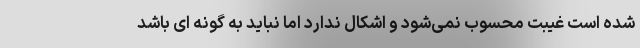
شده است غیبت محسوب نمی‌شود و اشکال ندارد اما نباید به گونه ای باشد